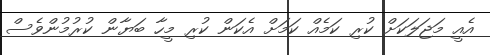
އެއީ މަޖަލަކަށް ކުރި ކަމެއް ކަމަށް އެކަން ކުރި މީހާ ބަޔާން ކުރުމުންވެސް